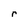
Character: r